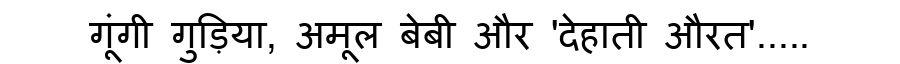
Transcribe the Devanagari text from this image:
गूंगी गुड़िया, अमूल बेबी और 'देहाती औरत'.....